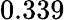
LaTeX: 0.339